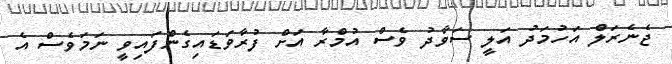
ޖެނެރަލް އަހުމަދު އަލީ ސަވާދު ވެސް އުމްރާ އަށް ފުރާވަޑައިގެންފައިވީ ނަމަވެސް އެ